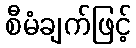
စီမံချက်ဖြင့်